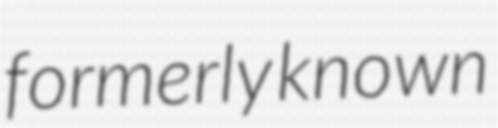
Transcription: formerly known